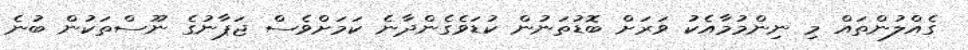
ގެއްލުންތައް މި ނިންމުމާއެކު ވަރަށް ބޮޑުތަނުން ކުޑަވެގެންދާނެ ކަމަށްވެސް ޖަޕާނުގެ ނޫސްތަކުން ބުނެ